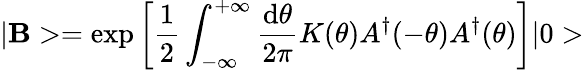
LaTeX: |\mathbf{B}>=\exp\left[\frac{{1}}{{2}}\int_{-\infty}^{+\infty}\frac{{\mathrm{{d}}\theta}}{{2\pi}}K(\theta)A^{\dagger}(-\theta)A^{\dagger}(\theta)\right]|0>